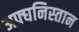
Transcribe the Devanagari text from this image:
अफ्घनिस्तान